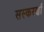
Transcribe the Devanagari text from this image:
सस्करणों